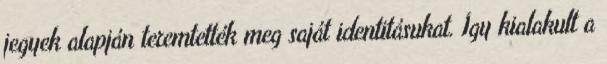
jegyek alapján teremtették meg saját identitásukat. Így kialakult a